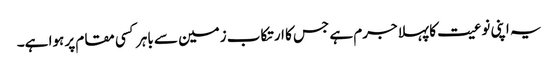
یہ اپنی نوعیت کا پہلا جرم ہے جس کا ارتکاب زمین سے باہر کسی مقام پر ہوا ہے۔